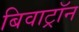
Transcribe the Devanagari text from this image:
बिवाट्रॉन